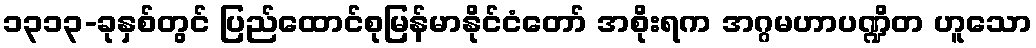
၁၃၁၃-ခုနှစ်တွင် ပြည်ထောင်စုမြန်မာနိုင်ငံတော် အစိုးရက အဂ္ဂမဟာပဏ္ဍိတ ဟူသော